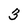
Character: 3